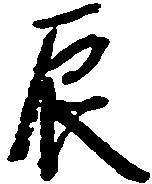
辰